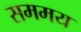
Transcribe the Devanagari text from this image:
सममय